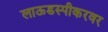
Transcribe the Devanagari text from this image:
लाऊडस्पीकरवर